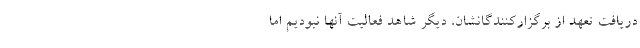
دریافت تعهد از برگزارکنندگانشان، دیگر شاهد فعالیت آنها نبودیم اما